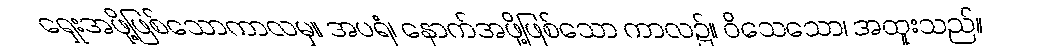
ရှေးအဖို့ဖြစ်သောကာလမှ။ အပရံ၊ နောက်အဖို့ဖြစ်သော ကာလ၌။ ဝိသေသော၊ အထူးသည်။